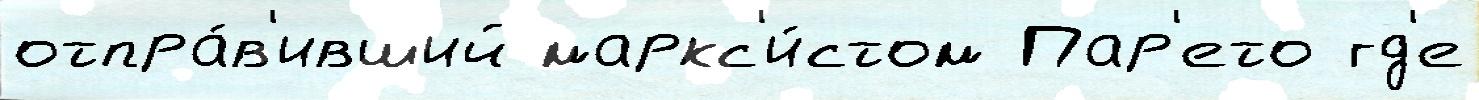
отпра́в'ивший маркс'и́стом Пар'ето гд'е